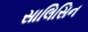
સાલિસિન